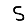
Digit: 5